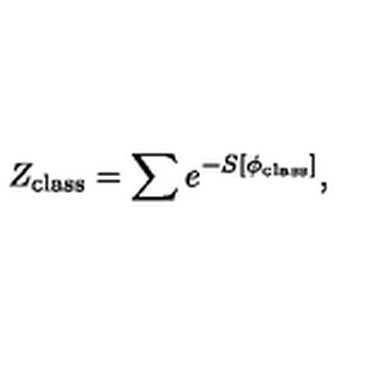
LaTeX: Z _ { \mathrm { c l a s s } } = \sum e ^ { - S [ \phi _ { \mathrm { c l a s s } } ] } ,